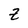
Character: Z